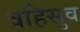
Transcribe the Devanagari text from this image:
वहिसुव